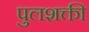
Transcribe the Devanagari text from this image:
पुलशक्ती